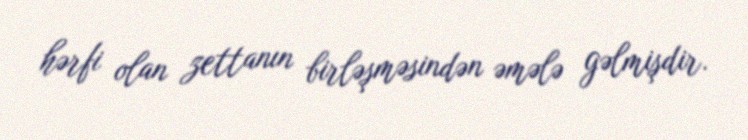
hərfi olan zettanın birləşməsindən əmələ gəlmişdir.